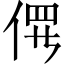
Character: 𫢱